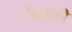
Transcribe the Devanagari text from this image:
येळावी